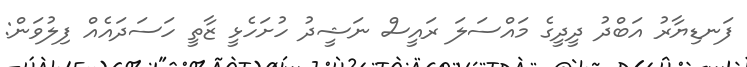
ފަނޑިޔާރު އަބްދު ދީދީގެ މައްސަލަ ރައީސް ނަޝީދު ހުށަހެޅީ ޒާތީ ހަސަދައެއް ފިލުވަން: